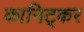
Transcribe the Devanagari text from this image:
कानिट्कर